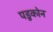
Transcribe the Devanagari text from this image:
पडुकोन